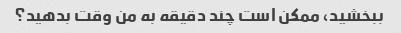
ببخشید، ممکن است چند دقیقه به من وقت بدهید؟